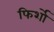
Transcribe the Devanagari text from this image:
फिर्शो